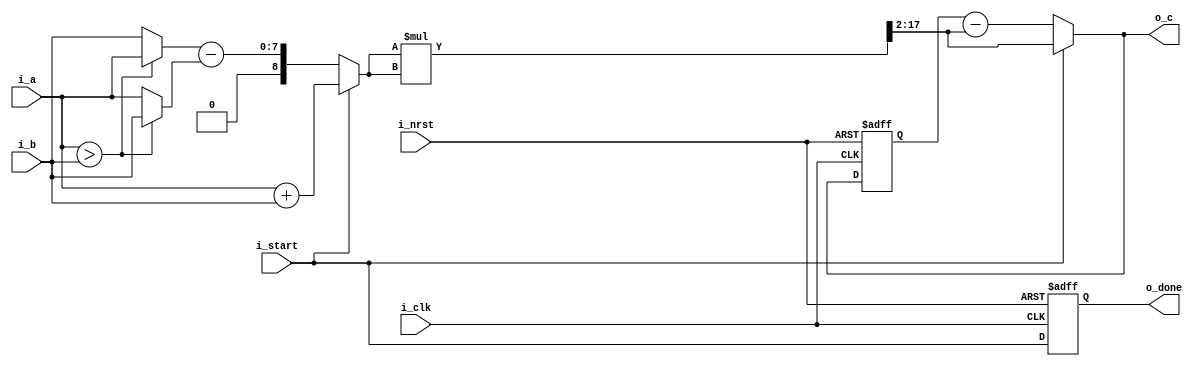
module ib_mul_8x8_qs_l1(
   input    wire           i_clk,
   input    wire           i_nrst,
   input    wire           i_start,
   input    wire  [7:0]    i_a,
   input    wire  [7:0]    i_b,
   output   wire  [15:0]   o_c,
   output   wire           o_done
);

   reg            s;

   wire           mux;
   wire  [8:0]    a;
   wire  [7:0]    t;
   wire  [7:0]    b;
   wire  [7:0]    d;
   
   wire  [8:0]    m;
   wire  [17:0]   sq;
   wire  [15:0]   sq_s;

   reg   [15:0]   c;
   wire  [15:0]   c_next;
   
   assign a  = (i_a + i_b);
   
   
   assign mux  = (i_a > i_b);
   assign t  = (mux) ? i_a : i_b;
   assign b  = (mux) ? i_b : i_a;
   assign d  = (t - b);

   assign m    = (i_start) ? a : {1'b0,d}; 
   assign sq   = (m * m);
   assign sq_s = sq >> 2;

   assign c_next = (i_start) ? sq_s : (c - sq_s);

   always@(posedge i_clk or negedge i_nrst) begin
      if(!i_nrst) c <= 16'h0000;
      else        c <= c_next; 
   end
 
   always@(posedge i_clk or negedge i_nrst) begin
      if(!i_nrst) s <= 1'b0;
      else        s <= i_start; 
   end

   assign o_done = s;
   assign o_c    = c_next;
 
endmodule